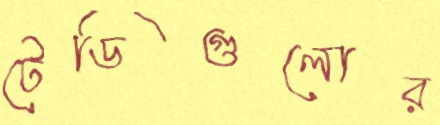
টেডিগুলোর